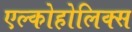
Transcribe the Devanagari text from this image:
एल्कोहोलिक्स